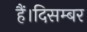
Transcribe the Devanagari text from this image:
हैं।दिसम्बर